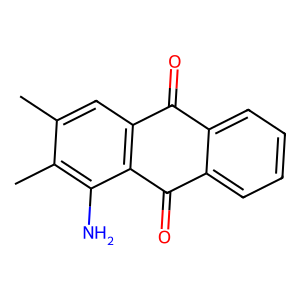
SMILES: Cc1cc2c(c(N)c1C)C(=O)c1ccccc1C2=O
Inhibits HIV replication: No